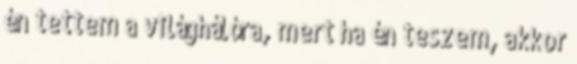
én tettem a világhálóra, mert ha én teszem, akkor